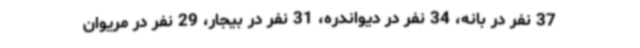
37 نفر در بانه، 34 نفر در دیواندره، 31 نفر در بیجار، 29 نفر در مریوان